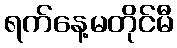
ရက်နေ့မတိုင်မီ